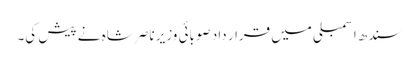
سندھ اسمبلی میں قرار داد صوبائی وزیر ناصر شاہ نے پیش کی۔